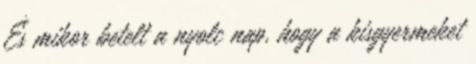
És mikor betelt a nyolc nap, hogy a kisgyermeket